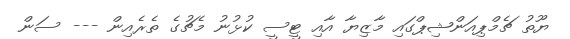
ޔޫތު ޗެމްޕިއަންޝިޕްގައި މާޒިޔާ އާއި ޓީސީ ކުޅުނު މެޗުގެ ތެރެއިން --- ސަން